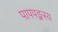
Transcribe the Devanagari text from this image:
पापपङ्कस्य